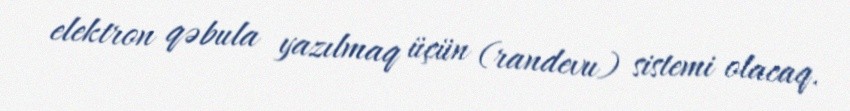
elektron qəbula yazılmaq üçün (randevu) sistemi olacaq.